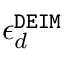
\epsilon _ { d } ^ { \tt D E I M }